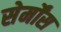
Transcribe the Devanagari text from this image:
सेर्मोंस